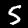
Digit: 5